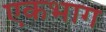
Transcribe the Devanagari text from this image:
एकभाग